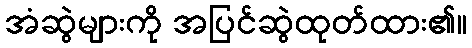
အံဆွဲများကို အပြင်ဆွဲထုတ်ထား၏။